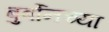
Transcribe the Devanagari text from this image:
बुर्बोनच्या